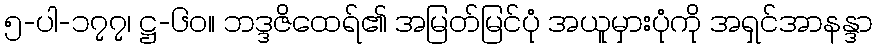
၅-ပါ-၁၇၇၊ ဋ္ဌ-၆၀။ ဘဒ္ဒဇိထေရ်၏ အမြတ်မြင်ပုံ အယူမှားပုံကို အရှင်အာနန္ဒာ